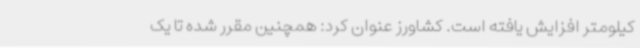
کیلومتر افزایش یافته است. کشاورز عنوان کرد: همچنین مقرر شده تا یک